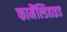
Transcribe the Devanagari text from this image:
फामैंल्डिहाइड